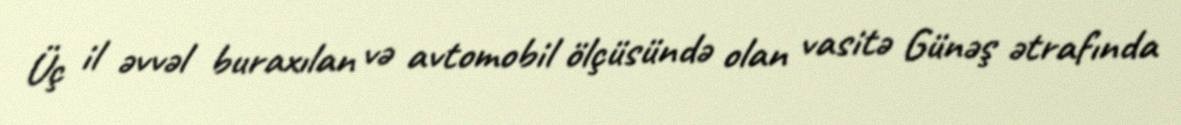
Üç il əvvəl buraxılan və avtomobil ölçüsündə olan vasitə Günəş ətrafında